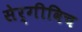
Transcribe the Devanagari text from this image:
सेर्गीविच